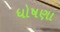
ધોષણા